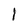
Character: l